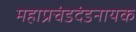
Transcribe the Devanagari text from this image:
महाप्रचंडदंडनायक